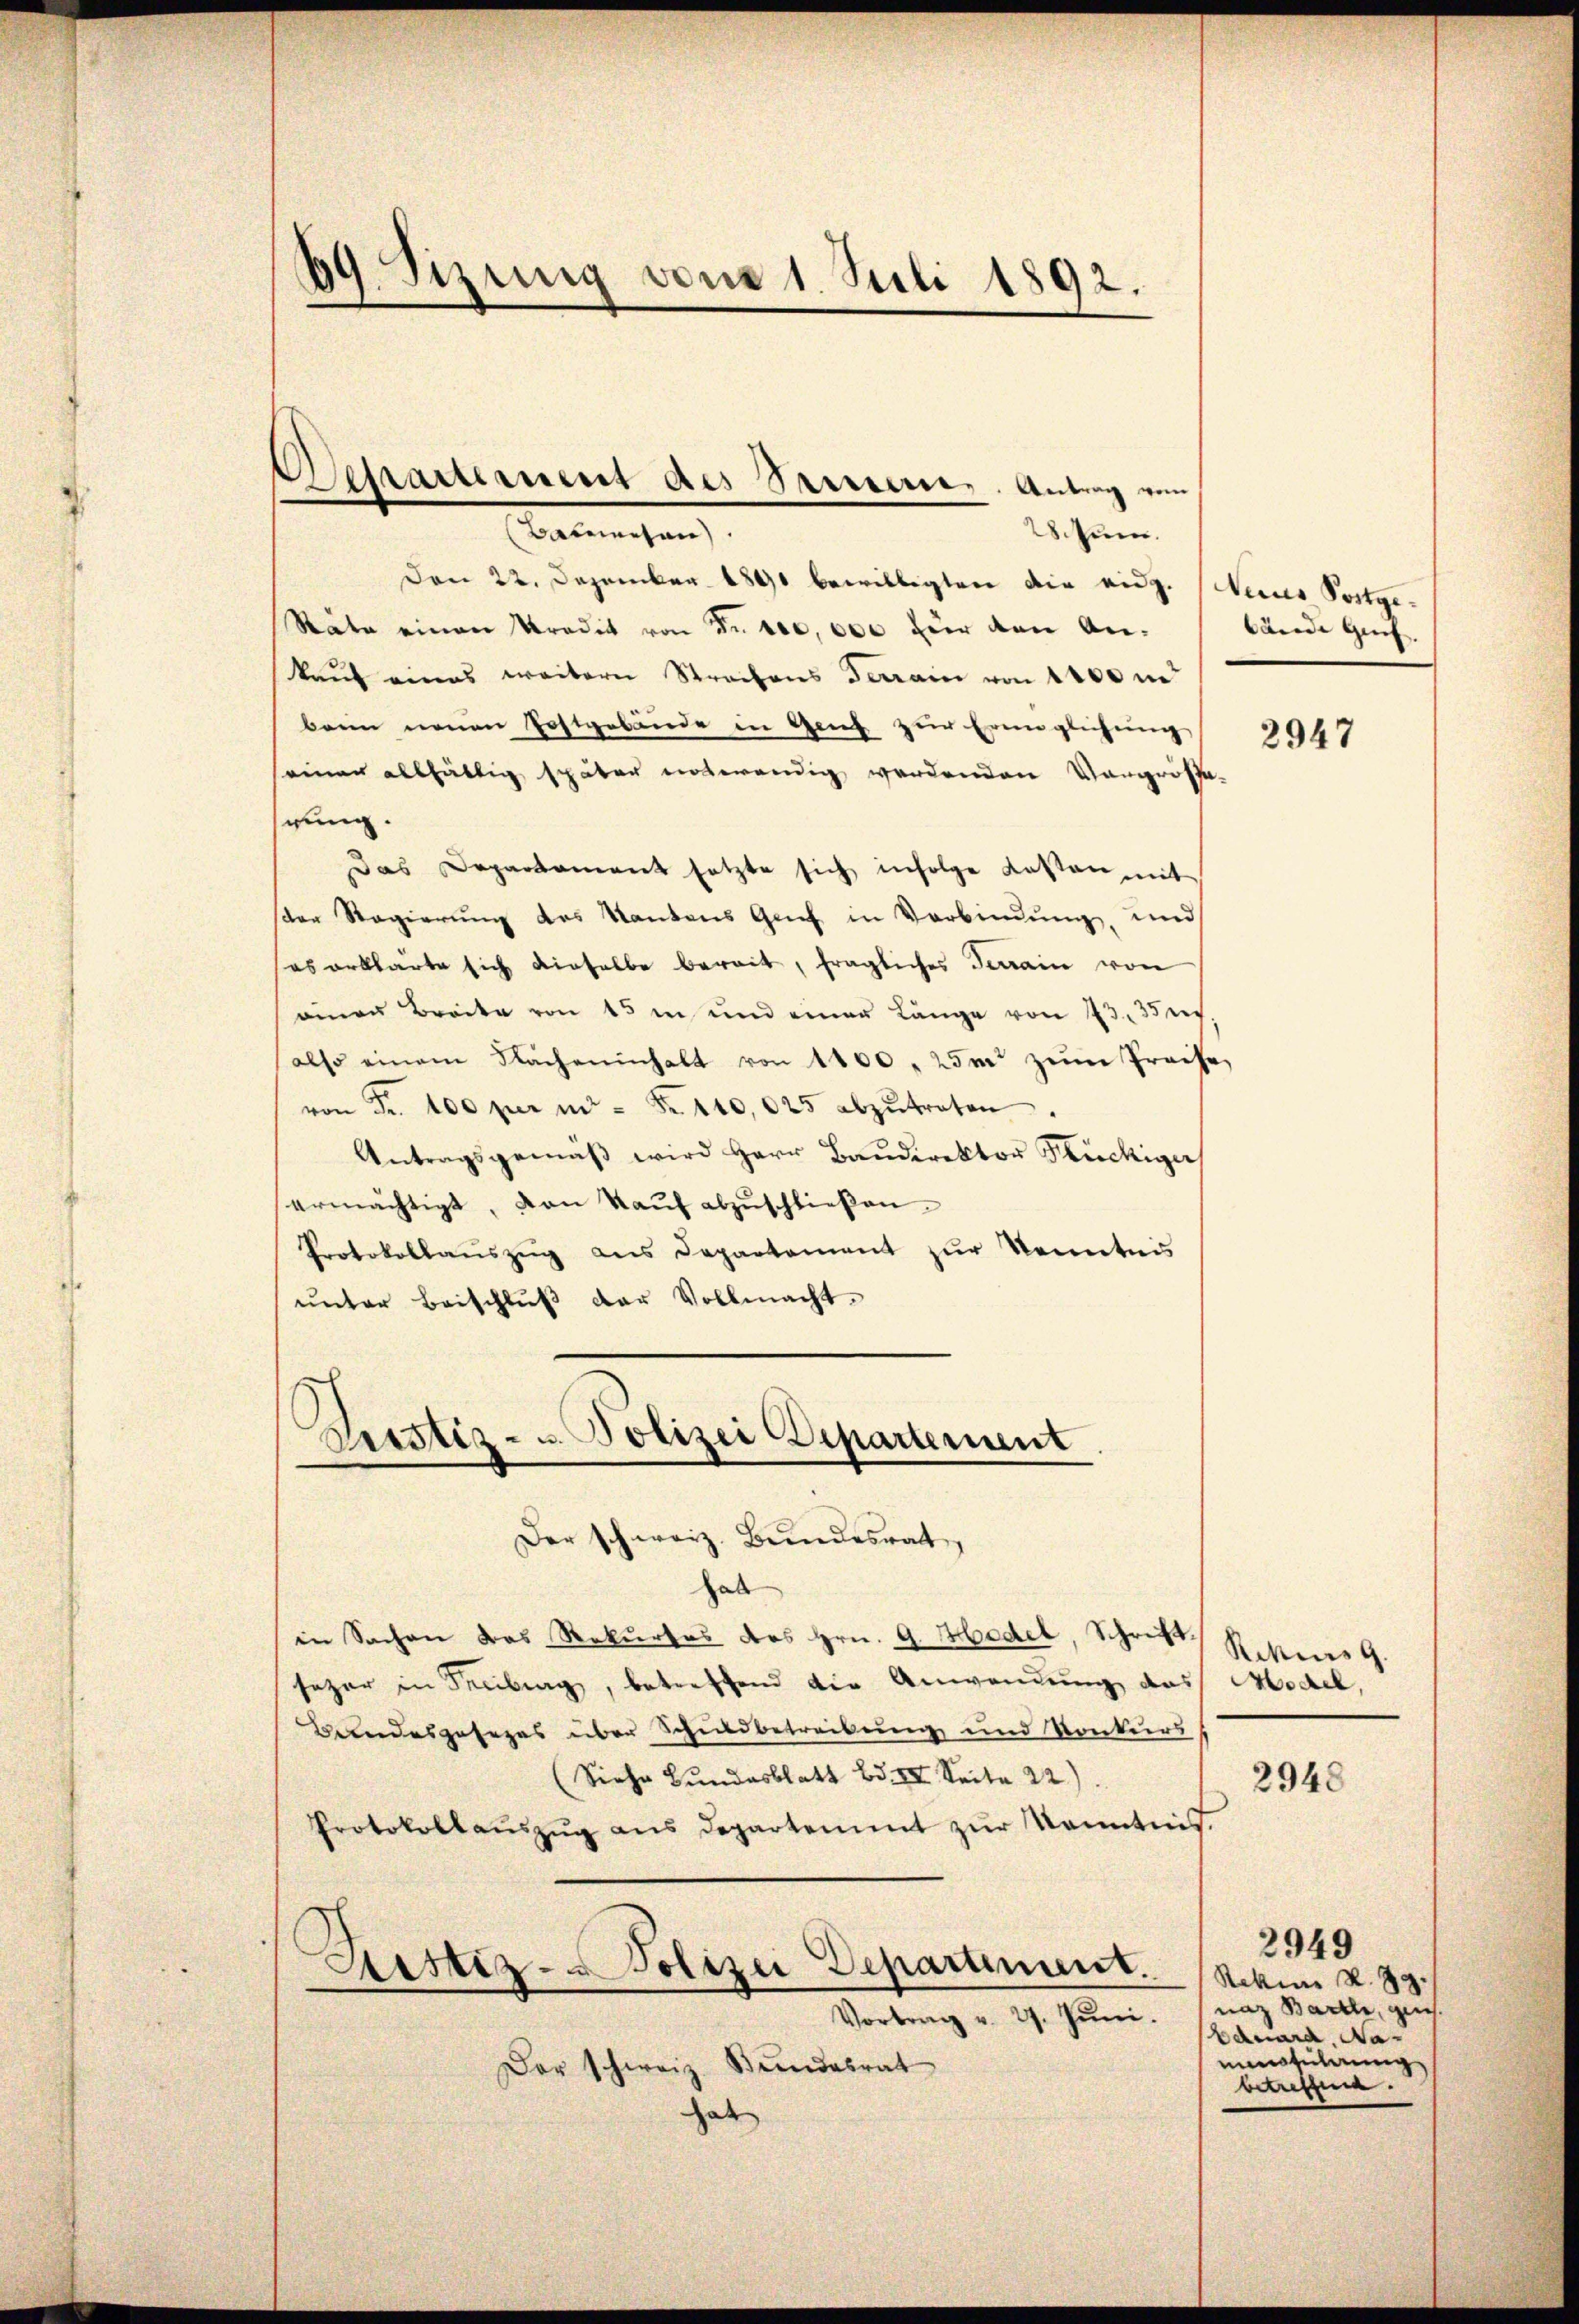
d
 Sizung vom 1. Juli 1892.

28. Jun.
Den 22. Dezember 1890 bewilligten die eidg. Weins Postge¬
Räte einen Kredit von Ferie, 000 für den Ankauf eines weitern Strechens Terrain von 1400 m
barn neuen Postgebäude in Genf zur Eringlichung
seinen allfältig später notwendig werdenden Vergrösse-
hrung.
Das Departament setzte sich infolge Kassen, mit
ster Regierŭng des Kantons Genf in Verbindŭng, und
es erklärte sich dieselbe bereit, fragliches Terrain von
einen Brocke von 15 in und einer Länge von 23. 35 rt.
also einem Nachminhalt von 1400. 25m zŭm Preise
von Fr. 100 per in - Fr. 110,025 abzŭtreten.
Antragsgemäβ wird Herr Baŭdirektor Stückiger
ermächtigt, von Kaŭf abzŭschlieβen.
Protokollaŭszŭg ans Departement zŭr Kenntnis
ŭnter Beischlŭβ der Vollmacht.

Schatternent des Sauern. Antrag von
Balmechan

Durstiz- u. Polizei Departement

bände Genf.

Der schweiz. Bundesrat,
hab
in Sachen das Rekurses des Hrn. G. Medel, Schriftseher in Freiburg, betreffend die Anwendung das Model,
Bundesgesezes über Schindbetreibung und Konkurs
(Siehe Bŭndesblatt Bd. III. Seite 22)
Protokollaŭszŭg ans Departement zŭr Kenntnis.
Sistiz- & Polizei Departement.
—
Vortrag v. 27. Jŭni naz Bartl, geg
Der schweiz. Bundesrat
hat

2947

Rekursg
2948

Rekine R. 39.
Eduard, Namenfiterung
betreffen.

2949